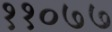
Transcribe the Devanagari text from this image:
११०७७